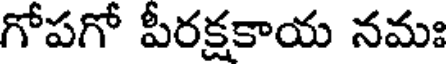
గోపగో పీరక్షకాయ నమః